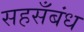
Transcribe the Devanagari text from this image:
सहसँबंध